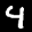
Label: 4